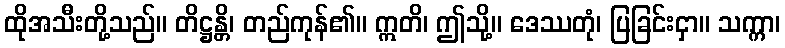
ထိုအသီးတို့သည်။ တိဋ္ဌန္တိ၊ တည်ကုန်၏။ ဣတိ၊ ဤသို့။ ဒေဿတုံ၊ ပြခြင်းငှာ။ သက္ကာ၊